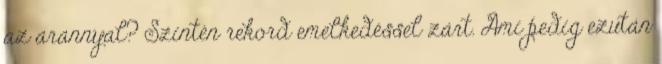
az arannyal? Szintén rekord emelkedéssel zárt. Ami pedig ezután